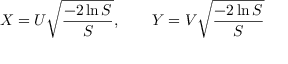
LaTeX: X = U { \sqrt { \frac { - 2 \ln S } { S } } } , \qquad Y = V { \sqrt { \frac { - 2 \ln S } { S } } }